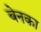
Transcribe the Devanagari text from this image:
बेनका